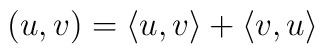
(u,v)= \langle u, v\rangle + \langle v, u\rangle